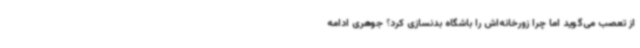
از تعصب می‌گوید اما چرا زورخانه‌اش را باشگاه بدنسازی کرد؟ جوهری ادامه